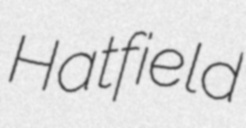
Hatfield